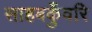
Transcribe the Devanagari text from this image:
साहबकुँवरि